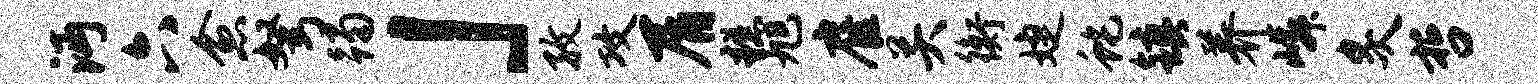
沔六愈弩躅」孜攻屑糕旭雇关衡婕蛇镇养嶙炙哲